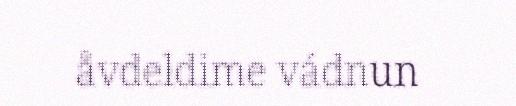
åvdeldime vádnun